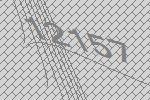
12157